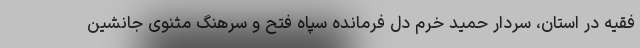
فقیه در استان، سردار حمید خرم دل فرمانده سپاه فتح و سرهنگ مثنوی جانشین